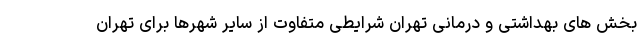
بخش های بهداشتی و درمانی تهران شرایطی متفاوت از سایر شهرها برای تهران